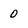
Character: 0